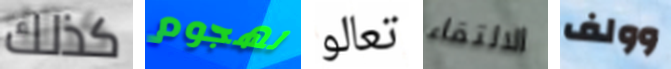
كذلك لهجوم تعالو الالتقاء وولف